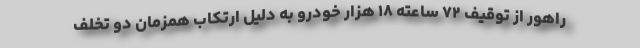
راهور از توقیف ۷۲ ساعته ۱۸ هزار خودرو به دلیل ارتکاب همزمان دو تخلف